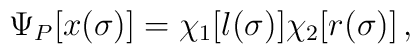
\Psi_P [x(\sigma)]=\chi_1[l(\sigma)]\chi_2[r(\sigma)]\,,